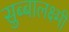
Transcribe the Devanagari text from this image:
सुब्बालक्ष्मी